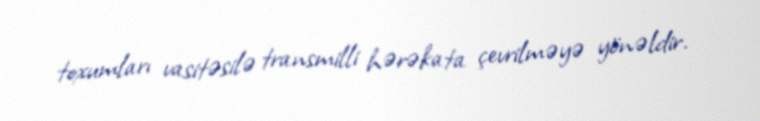
toxumları vasitəsilə transmilli hərəkata çevrilməyə yönəldir.